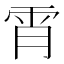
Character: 𲉱